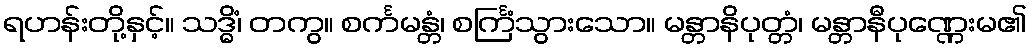
ရဟန်းတို့နှင့်။ သဒ္ဓိံ၊ တကွ။ စင်္ကမန္တံ၊ စင်္ကြံသွားသော။ မန္တာနိပုတ္တံ၊ မန္တာနီပုဏ္ဏေးမ၏